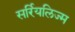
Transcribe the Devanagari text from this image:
सर्रियलिज्म